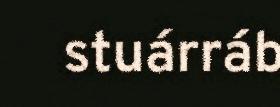
stuárráb